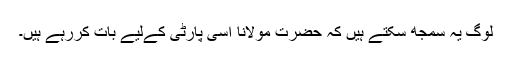
لوگ یہ سمجھ سکتے ہیں کہ حضرت مولانا اسی پارٹی کےلیے بات کررہے ہیں۔